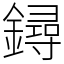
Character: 鐞